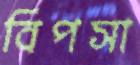
বিপসা